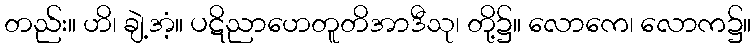
တည်း။ ဟိ၊ ချဲ့အံ့။ ပဋိညာဟေတူတိအာဒီသု၊ တို့၌။ လောကေ၊ လောက၌။